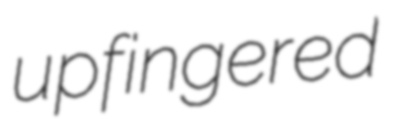
upfingered